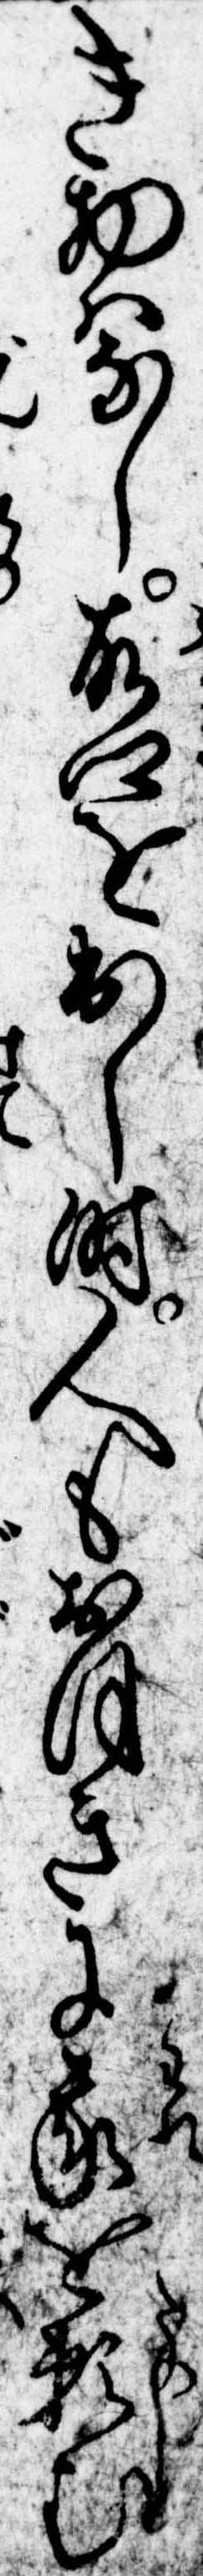
き物はなし故郷を出し時人もおほきに我を頼む